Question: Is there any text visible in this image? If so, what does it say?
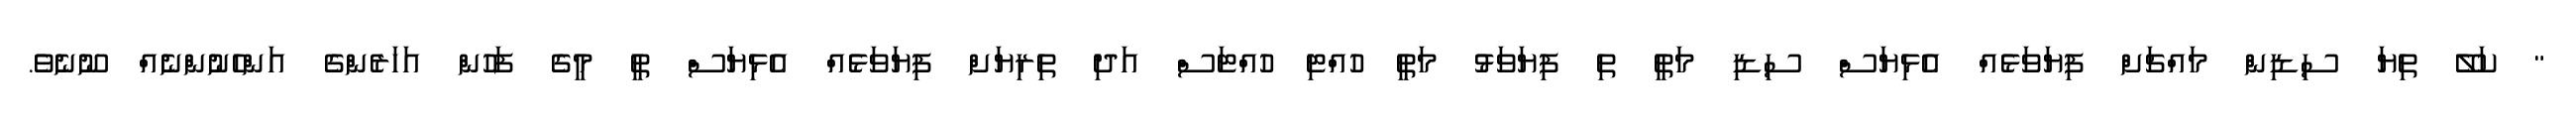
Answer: " ކަލޭ ތިޔަ ސިޑިން މައްޗަށް ފިޔަވަޅެއް އެޅިޔަސް ސިޑި މަތީ ތި ފިޔަވަޅު މަތީ ހުއްޓި ހުއްޓަސް އަދި ތިރިޔަށް ފިޔަވަޅެއް އެޅިޔަސް ތީ މީގެ ފަހުން އަހަރެންގެ އަންހެނުންނެއް ނޫނެވެ.